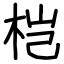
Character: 桤